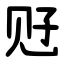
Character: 觃